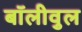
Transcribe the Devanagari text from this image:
बॉलीवुल